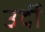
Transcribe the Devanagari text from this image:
उर्दी